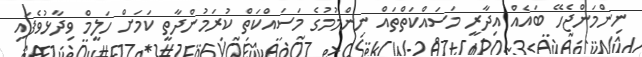
ނިންމަންޖެހޭ ބައެއް އިދާރީ މަސައްކަތްތައް ނިންމުމުގެ މަސައްކަތް ކުރަމުންދާތީ ކަމަށް ހަލީމް ވިދާޅުވެފައި